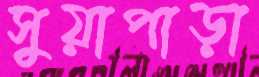
সুয়াপাড়া